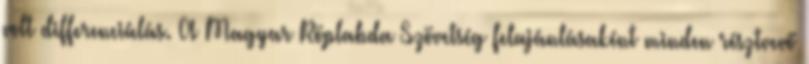
volt differenciálás. A Magyar Röplabda Szövetség felajánlásaként minden résztvevő